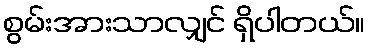
စွမ်းအားသာလျှင် ရှိပါတယ်။